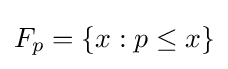
F_{p}=\{x:p\leq x\}